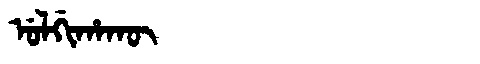
Manchu: ᡠᠯᡤᡳᡥᠠᡴᡡ
Romanization: ULGIHAKŪ